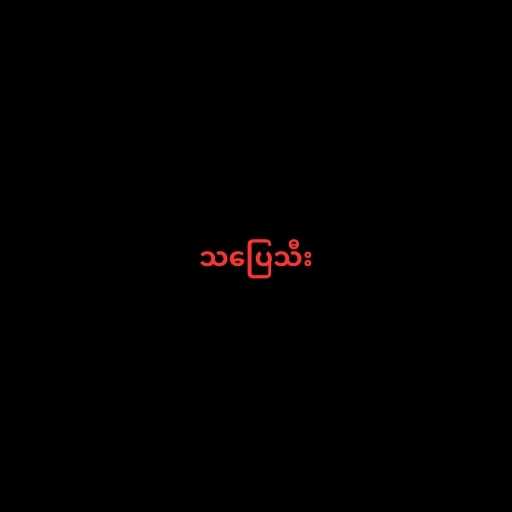
သပြေသီး